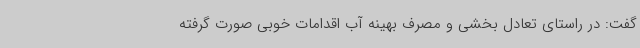
گفت: در راستای تعادل بخشی و مصرف بهینه آب اقدامات خوبی صورت گرفته